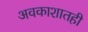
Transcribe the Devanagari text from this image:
अवकाशातही